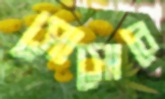
সোসোবে